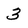
Character: 3